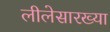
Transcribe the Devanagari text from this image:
लीलेसारख्या